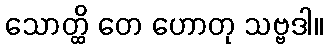
သောတ္ထိ တေ ဟောတု သဗ္ဗဒါ။